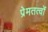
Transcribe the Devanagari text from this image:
प्रेमतत्वों